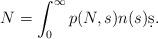
LaTeX: \begin{align*} N = \int_0^\infty p(N, s) n(s) \d s. \end{align*}